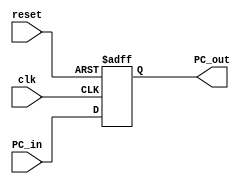
`timescale 1ns / 1ps
//////////////////////////////////////////////////////////////////////////////////
// Company: 
// Engineer: 
// 
// Design Name: 
// Module Name: PC
// Project Name: 
// Target Devices: 
// Tool Versions: 
// Description: 
// 
// Dependencies: 
// 
// Revision:
// Revision 0.01 - File Created
// Additional Comments:
// 
//////////////////////////////////////////////////////////////////////////////////


module PC(input clk ,
          input reset,
          input [31:0] PC_in,
          output reg [31:0] PC_out);
  
  always@ (posedge clk, posedge reset) begin
    
    if(reset)
      
      PC_out <= 32'b0;
    
    else
      
      PC_out <= PC_in;
    
  end
endmodule